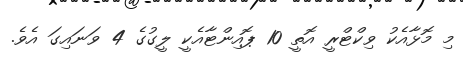
މި މޮޅާއެކު ވިކްޓްރީ އޮތީ 10 ޕޮއިންޓާއެކީ ލީގުގެ 4 ވަނައިގަ އެވެ.